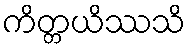
ကိတ္တယိဿသိ